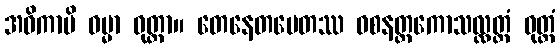
အဓိကာပိ ဓမ္မာ ဝုတ္တာ။ တေနေတမေတဿ ဝစနတ္ထကောသလ္လတ္ထံ ဝုတ္တံ